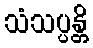
သံသပ္ပန္တိ